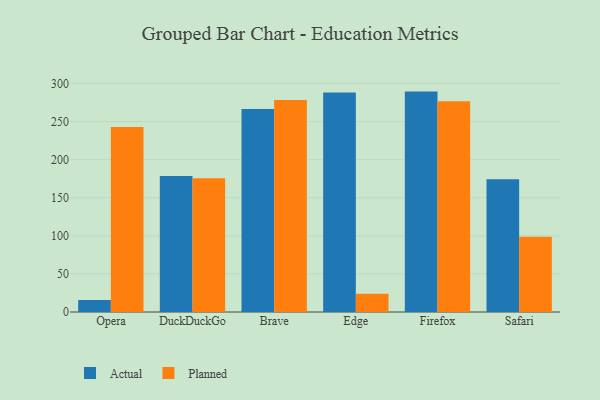
{"axis": {"x": "Browser", "y": "Latency (ms)"}, "legend": ["Actual", "Planned"], "data": [{"x": "Opera", "y": 15.8, "type": "Actual"}, {"x": "Opera", "y": 242.9, "type": "Planned"}, {"x": "DuckDuckGo", "y": 178.7, "type": "Actual"}, {"x": "DuckDuckGo", "y": 175.6, "type": "Planned"}, {"x": "Brave", "y": 266.6, "type": "Actual"}, {"x": "Brave", "y": 278.4, "type": "Planned"}, {"x": "Edge", "y": 288.2, "type": "Actual"}, {"x": "Edge", "y": 24.0, "type": "Planned"}, {"x": "Firefox", "y": 289.4, "type": "Actual"}, {"x": "Firefox", "y": 276.8, "type": "Planned"}, {"x": "Safari", "y": 174.4, "type": "Actual"}, {"x": "Safari", "y": 98.7, "type": "Planned"}]}